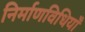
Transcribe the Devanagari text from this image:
निर्माणविधियाँ